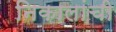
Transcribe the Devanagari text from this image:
निकालांची